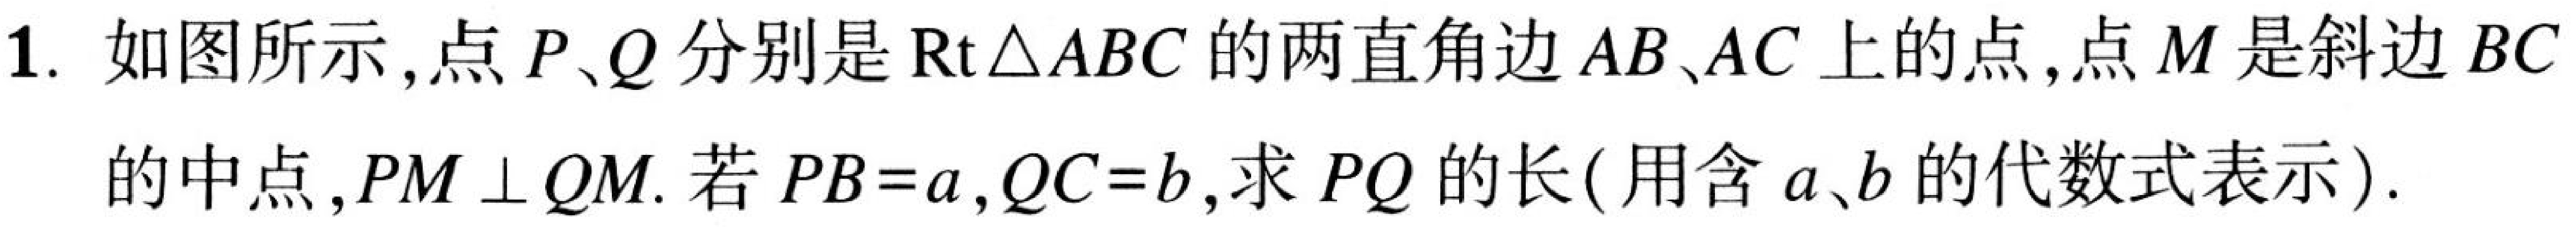
1. 如图所示,点$P$、$Q$分别是$\text{Rt}\triangle ABC$的两直角边$AB$、$AC$上的点,点$M$是斜边$BC$
的中点,$PM\perp QM$. 若$PB = a,QC = b$,求$PQ$的长(用含$a、b$的代数式表示).